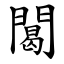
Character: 䦪